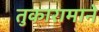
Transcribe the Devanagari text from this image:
तुकारामाने